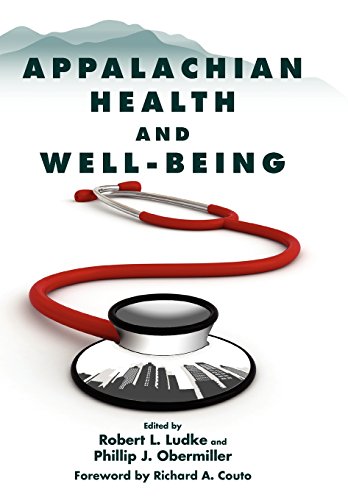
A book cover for Appalachian Health and Well-Being; Medical Books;